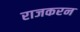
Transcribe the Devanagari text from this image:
राजकरन